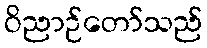
ဝိညာဉ်တော်သည်